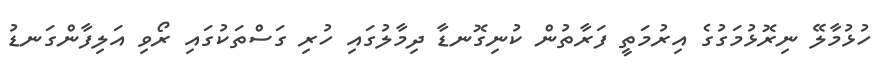
ހުޅުމާލޭ ނިރޮޅުމަގުގެ އިރުމަތީ ފަރާތުން ކުނިގޮނޑާ ދިމާލުގައި ހުރި ގަސްތަކުގައި ރޯވި އަލިފާންގަނޑު